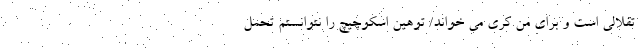
تقلالی است و برای من کری می خواند/ توهین اسکوچیچ را نتوانستم تحمل